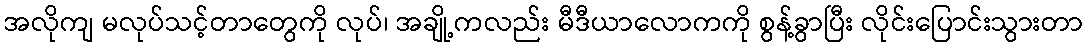
အလိုကျ မလုပ်သင့်တာတွေကို လုပ်၊ အချို့ကလည်း မီဒီယာလောကကို စွန့်ခွာပြီး လိုင်းပြောင်းသွားတာ